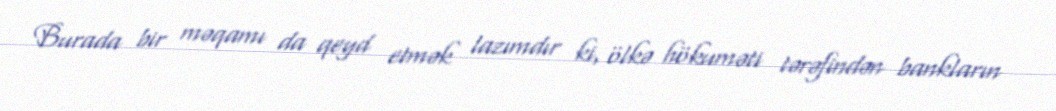
Burada bir məqamı da qeyd etmək lazımdır ki, ölkə hökuməti tərəfindən bankların